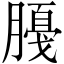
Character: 𱼕